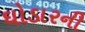
ઘોડારની